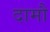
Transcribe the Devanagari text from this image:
दामौ